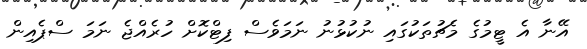
އޭނާ އެ ޓީމުގެ މެޗުތަކުގައި ނުކުޅުނު ނަމަވެސް ފިޓްކޮށް ހުރެއްޖެ ނަމަ ސްޕެއިން